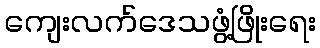
ကျေးလက်ဒေသဖွံ့ဖြိုးရေး